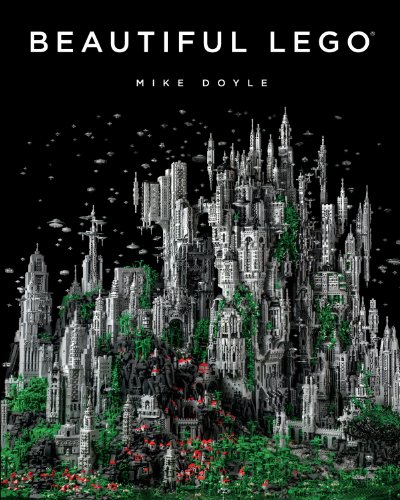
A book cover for Beautiful LEGO; Mike Doyle; Crafts, Hobbies & Home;